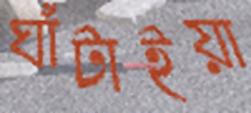
ঘাঁটাইয়া